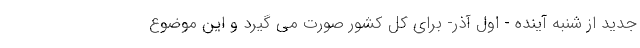
جدید از شنبه آینده - اول آذر- برای کل کشور صورت می گیرد و این موضوع